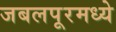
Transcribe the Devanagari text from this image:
जबलपूरमध्ये